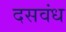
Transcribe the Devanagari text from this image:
दसवंध